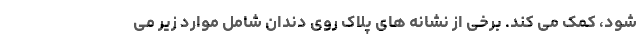
شود، کمک می کند. برخی از نشانه های پلاک روی دندان شامل موارد زیر می